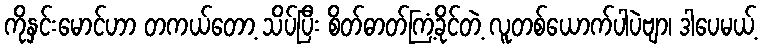
ကိုနှင်းမောင်ဟာ တကယ်တော့ သိပ်ပြီး စိတ်ဓာတ်ကြံ့ခိုင်တဲ့ လူတစ်ယောက်ပါပဲဗျာ၊ ဒါပေမယ့်